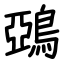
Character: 鵶